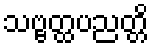
သဗ္ဗတ္ထပညတ္တိ